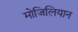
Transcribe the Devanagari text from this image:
मोजिलियान